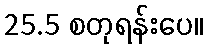
25.5 စတုရန်းပေ။